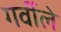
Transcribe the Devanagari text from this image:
गर्वीले